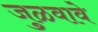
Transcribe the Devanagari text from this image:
जुळवावे